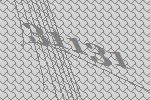
31131